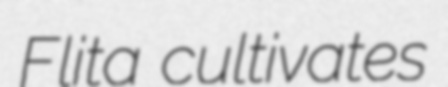
Flita cultivates